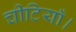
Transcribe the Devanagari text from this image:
चीटियाँ।